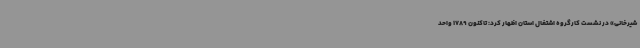
شیرخانی» در نشست کارگروه اشتغال استان اظهار کرد: تاکنون 1789 واحد